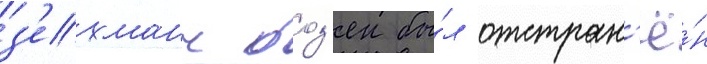
з'ехманн боз'ен бы́л отстран'ё́н